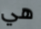
هي